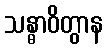
သန္ဓာဝိတွာန